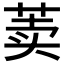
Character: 𰱐